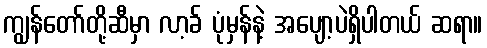
ကျွန်တော်တို့ဆီမှာ လာ့ခ် ပုံမှန်နဲ့ အပျော့ပဲရှိပါတယ် ဆရာ။